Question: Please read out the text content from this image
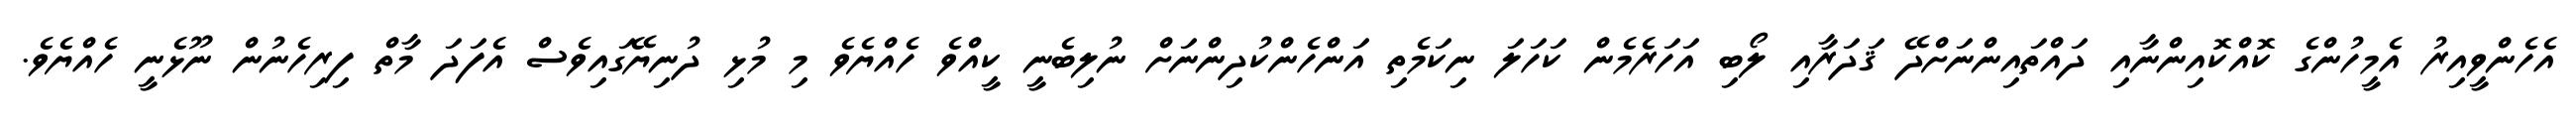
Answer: އެހެންވީއިރު އެމީހުންގެ ކޮއްކޮއިންނާއި ދައްތައިންނަށްދޭ ޤަދަރާއި ލޯބި އަހަރެމެން ކަހަލަ ނިކަމެތި އަންހެންކުދިންނަށް ނުލިބެނީ ކީއްވެ ހެއްޔެވެ މި މުޅި ދުނިޔޭގައިވެސް އެފަދަ މާތް ފިރިހެނުން ނޫޅެނީ ހެއްޔެވެ.